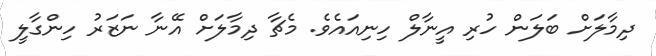
ދިމާލަށް ބަލަން ހުރި އީނާލް ހިނިއައެވެ. މެޗާ ދިމާލަށް އޭނާ ނަޒަރު ހިންގާލީ